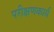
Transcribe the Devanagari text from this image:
परीक्षणकार्य